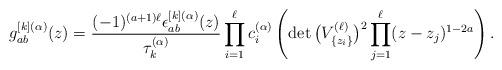
LaTeX: \begin{gather*}g^{[k](\alpha)}_{ab}(z)=\frac{(-1)^{(a+1)\ell} \epsilon_{ab}^{[k](\alpha)}(z)}{\tau_{k}^{(\alpha)}}\prod_{i=1}^{\ell}c_{i}^{(\alpha)}\left( \det\big(V^{(\ell)}_{\{z_{i}\}}\big)^{2}\prod_{j=1}^\ell(z-{z}_{j})^{1-2a}\right).\end{gather*}